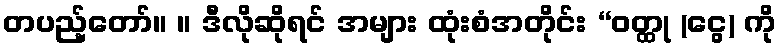
တပည့်တော်။ ။ ဒီလိုဆိုရင် အများ ထုံးစံအတိုင်း “ဝတ္ထု (ငွေ) ကို